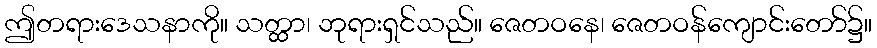
ဤတရားဒေသနာကို။ သတ္ထာ၊ ဘုရားရှင်သည်။ ဇေတဝနေ၊ ဇေတဝန်ကျောင်းတော်၌။